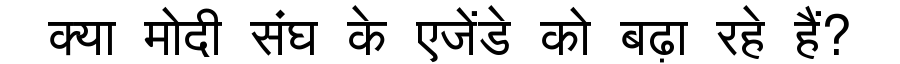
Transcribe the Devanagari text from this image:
क्या मोदी संघ के एजेंडे को बढ़ा रहे हैं?